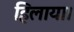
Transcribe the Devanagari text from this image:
हिलाया।